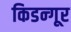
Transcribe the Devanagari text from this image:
किडन्गूर